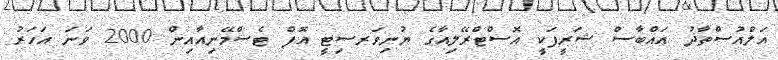
އަލްއުސްތާޛު ޢައްބާސް ޝަރީފަކީ އޮސްޓްރޭލިއާގެ ޔުނިވަރސިޓީ އޮފް ޓެސްމޭނިއާއިން 2000 ވަނަ އަހަރު